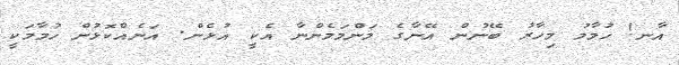
އާނ! ހުމާމު މިހާރު ބޭނުން އޭނާގެ މަންމަމެންނާ އެކީ އުޅެން. އަނެއްކޮޅުން ހުމާމަކީ